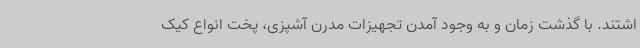
اشتند. با گذشت زمان و به وجود آمدن تجهیزات مدرن آشپزی، پخت انواع کیک